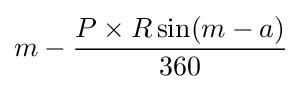
m-{\frac {P\times R\sin(m-a)}{360}}